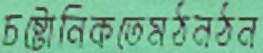
চষ্টোনিকতেমঠনঠন